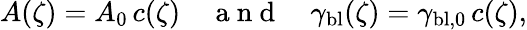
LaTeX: A(\zeta)=A_{0}\, c(\zeta)\quad\mathrm{~a~n~d~}\quad\gamma_{\mathrm{bl}}(\zeta)=\gamma_{\mathrm{bl,0}}\, c(\zeta),